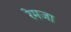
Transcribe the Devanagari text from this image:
रेमजा